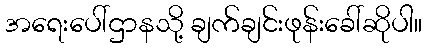
အရေးပေါ်ဌာနသို့ ချက်ချင်းဖုန်းခေါ်ဆိုပါ။